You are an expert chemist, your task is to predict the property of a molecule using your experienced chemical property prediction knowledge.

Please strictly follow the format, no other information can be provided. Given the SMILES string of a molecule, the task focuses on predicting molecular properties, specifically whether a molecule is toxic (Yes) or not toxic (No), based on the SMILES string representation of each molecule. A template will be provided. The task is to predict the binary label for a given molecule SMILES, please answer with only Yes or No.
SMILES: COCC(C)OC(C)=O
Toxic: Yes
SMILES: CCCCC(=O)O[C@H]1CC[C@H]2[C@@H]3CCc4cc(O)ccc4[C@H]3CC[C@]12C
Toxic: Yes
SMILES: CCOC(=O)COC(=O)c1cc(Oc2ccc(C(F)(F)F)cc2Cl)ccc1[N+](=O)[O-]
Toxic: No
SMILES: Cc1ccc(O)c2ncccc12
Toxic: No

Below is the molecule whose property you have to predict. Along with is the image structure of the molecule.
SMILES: CN(C(=O)Cc1ccccc1)[C@H]1CC[C@@]2(CCCO2)C[C@@H]1N1CCCC1
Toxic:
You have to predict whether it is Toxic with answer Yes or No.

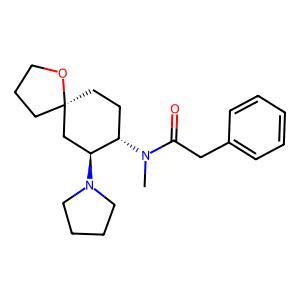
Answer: No